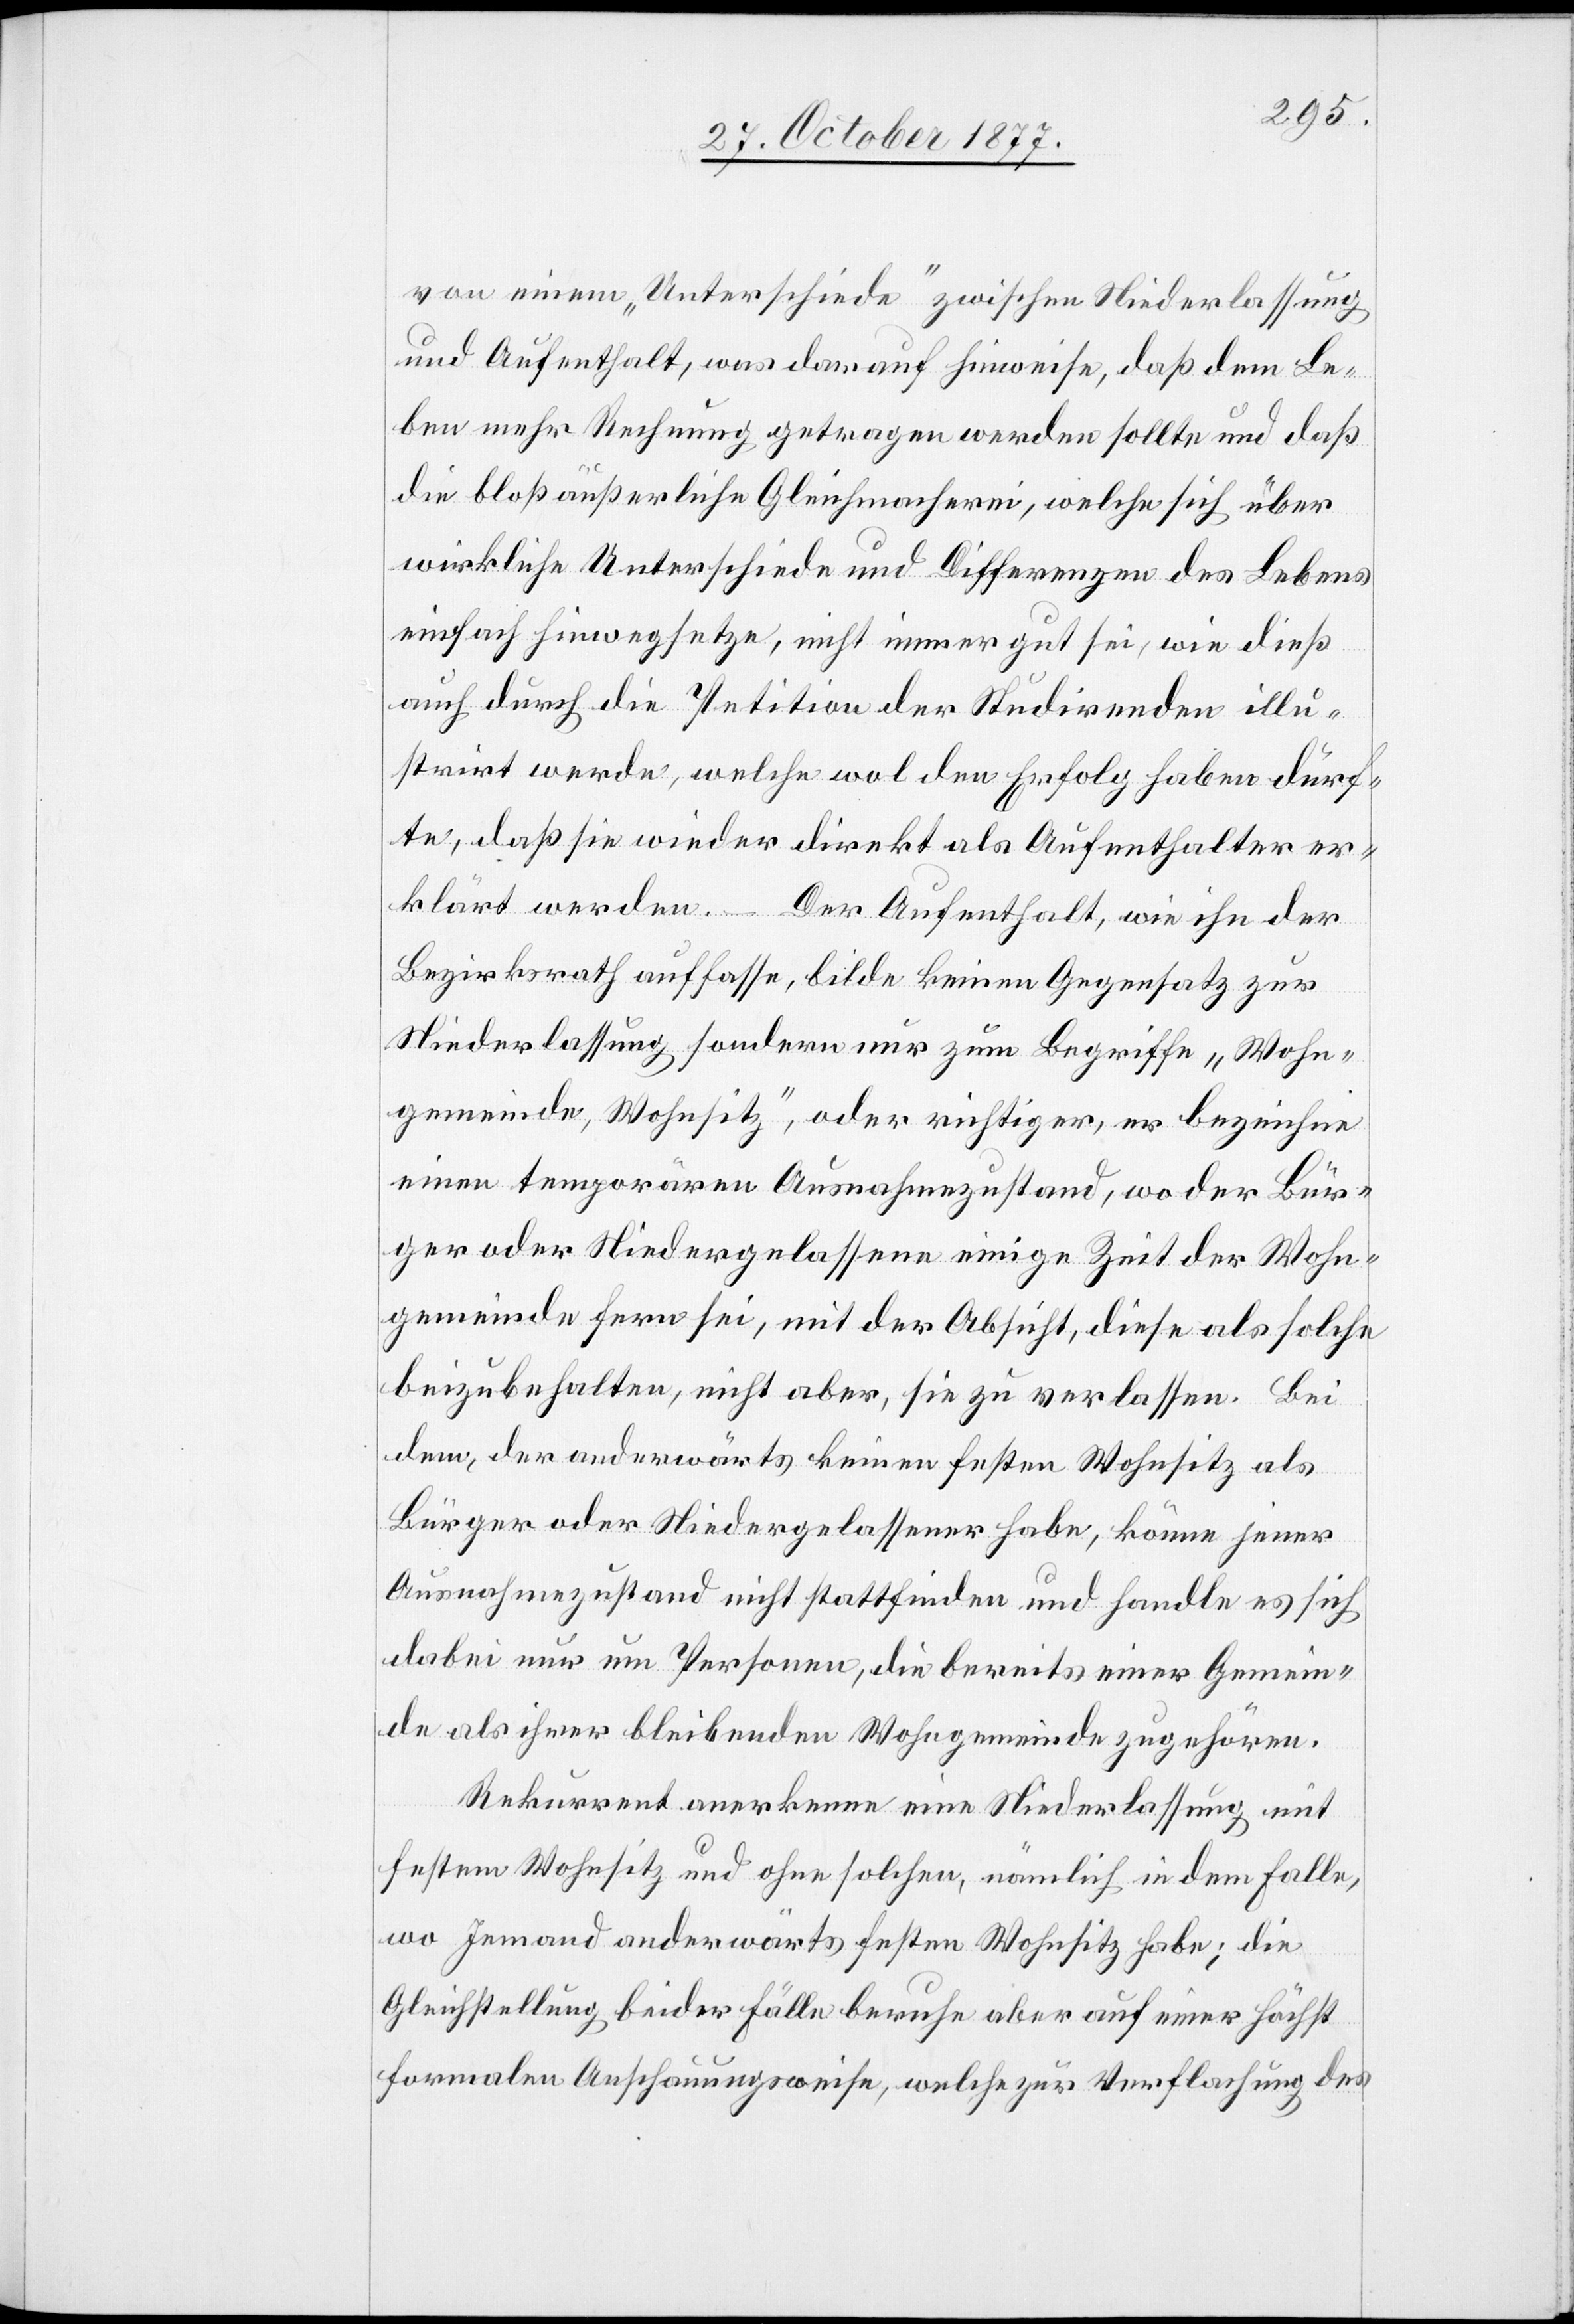
von einem „Unterschiede“ zwischen Niederlassung
und Aufenthalt, was darauf hinweise, daß dem Le¬
ben mehr Rechnung getragen werden sollte und daß
die bloß äußerliche Gleichmacherei, welche sich über
wirkliche Unterschiede und Differenzen des Lebens
einfach hinwegsetze, nicht immer gut sei, wie dieß
auch durch die Petition der Studirenden illu¬
strirt werde, welche wol den Erfolg haben dürf¬
te, daß sie wieder direkt als Aufenthalter er¬
klärt werden. – Der Aufenthalt, wie ihn der
Bezirksrath auffasse, bilde keinen Gegensatz zur
Niederlassung sondern nur zum Begriffe „Wohn¬
gemeinde, Wohnsitz“, oder richtiger, er bezeichne
einen temporären Ausnahmezustand, wo der Bür¬
ger oder Niedergelassene einige Zeit der Wohn¬
gemeinde fern sei, mit der Absicht, diese als solche
beizubehalten, nicht aber, sie zu verlassen. Bei
dem, der anderwärts keinen festen Wohnsitz als
Bürger oder Niedergelassener habe, könne jener
Ausnahmezustand nicht stattfinden und handle es sich
dabei nur um Personen, die bereits einer Gemein¬
de als ihrer bleibenden Wohngemeinde zugehören.
Rekurrent anerkenne eine Niederlassung mit
festem Wohnsitz und ohne solchen, nämlich in dem Falle,
wo Jemand anderwärts festen Wohnsitz habe; die
Gleichstellung beider Fälle beruhe aber auf einer höchst
formalen Anschauungsweise, welche zur Verflachung des